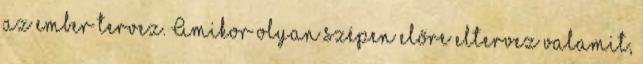
az ember tervez. Amikor olyan szépen előre eltervez valamit,